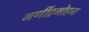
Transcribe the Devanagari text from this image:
मणींद्रमोहन